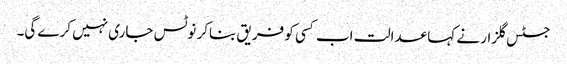
جسٹس گلزار نے کہا عدالت اب کسی کو فریق بناکر نوٹس جاری نہیں کرے گی۔